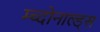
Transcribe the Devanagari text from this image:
म्च्दोनाल्ड्स